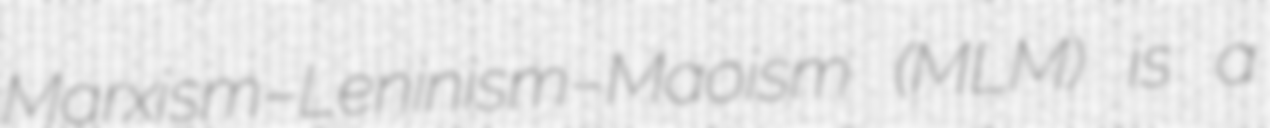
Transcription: Marxism–Leninism–Maoism (MLM) is a